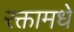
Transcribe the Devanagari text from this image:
रक्तामधे